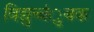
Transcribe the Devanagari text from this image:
विद्युच्चंुबक